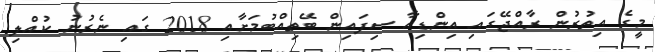
މީގެ އިތުރުން ރާއްޖޭގައި އިންޑިއާ ސިފައިން ބޭތިއްބުމަށާއި 2018 ގައި ނެރުނު ކުއްލި